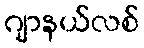
ဂျာနယ်လစ်